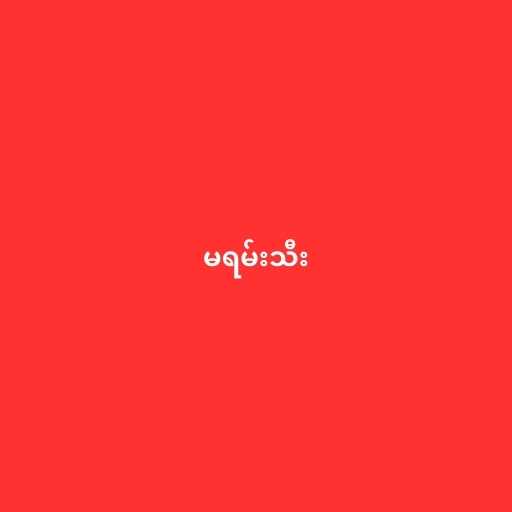
မရမ်းသီး